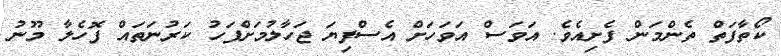
ކޯތާފަތް ތެންމަން ފެށިއެވެ. އަވަސް އަވަހަށް އެސްފިޔަ ޖަހާލުމަށްފަހު ކަރުނަތައް ފޮހެލާ މޫނު